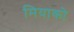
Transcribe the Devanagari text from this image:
मियाको